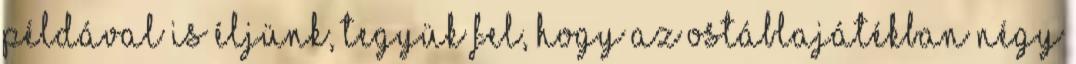
példával is éljünk, tegyük fel, hogy az ostáblajátékban négy